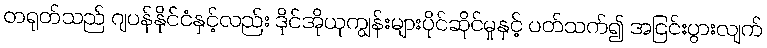
တရုတ်သည် ဂျပန်နိုင်ငံနှင့်လည်း ဒိုင်အိုယုကျွန်းများပိုင်ဆိုင်မှုနှင့် ပတ်သက်၍ အငြင်းပွားလျက်